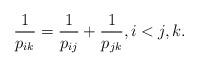
LaTeX: \begin{gather*}{1 \over p_{ik}}={1 \over p_{ij}}+{1 \over p_{jk}}, i < j , k.\end{gather*}